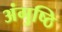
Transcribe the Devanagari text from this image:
अंगुष्ठि